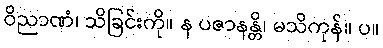
ဝိညာဏံ၊ သိခြင်းကို။ န ပဇာနန္တိ၊ မသိကုန်။ ပ။